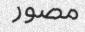
مصور